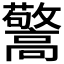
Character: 𱅽